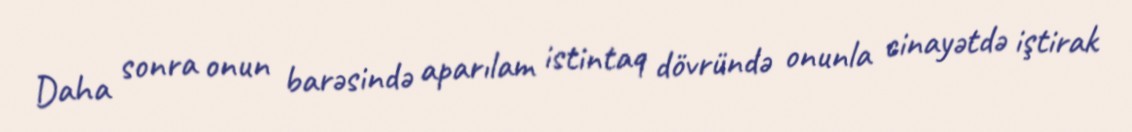
Daha sonra onun barəsində aparılam istintaq dövründə onunla cinayətdə iştirak